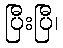
ပြီးပြီ၊